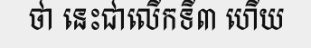
ថា នេះជាលើកទី៣ ហើយ